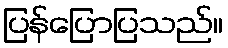
ပြန်ပြောပြသည်။